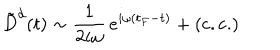
LaTeX: \: \tilde { D } ^ { d } ( t ) \sim \frac { 1 } { 2 i \omega } \, e ^ { i \omega ( t _ { F } - t ) } + ( \mathrm { c . c . } ) \: